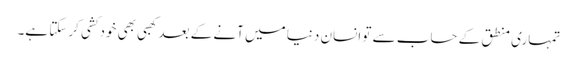
تمہاری منطق کے حساب سے تو انسان دنیا میں آنے کے بعد کھبی بھی خودکشی کرسکتا ہے۔